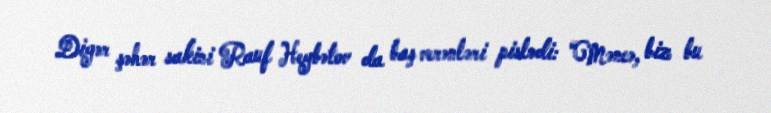
Digər şəhər sakini Rauf Heybətov da baş verənləri pislədi: “Məncə, biz bu